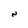
Character: N